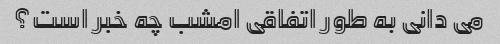
می دانی به طور اتفاقی امشب چه خبر است؟